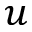
u